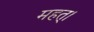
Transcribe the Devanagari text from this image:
महत्।